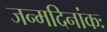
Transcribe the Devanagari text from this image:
जन्मदिनांकः